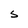
Character: S